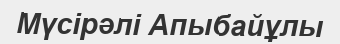
Мүсірәлі Апыбайұлы